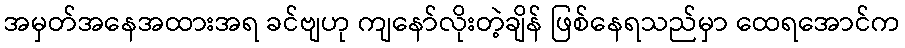
အမှတ်အနေအထားအရ ခင်ဗျဟု ကျနော်လိုးတဲ့ချိန် ဖြစ်နေရသည်မှာ ထေရအောင်က